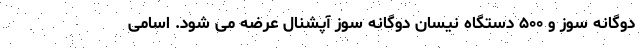
دوگانه سوز و ۵۰۰ دستگاه نیسان دوگانه سوز آپشنال عرضه می شود. اسامی